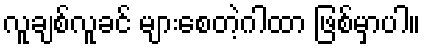
လူချစ်လူခင် များစေတဲ့ဂါထာ ဖြစ်မှာပါ။